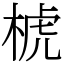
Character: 椃